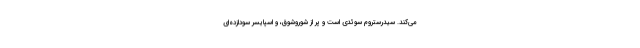
می‌کند. سیدرستروم سوئدی است و پر از شوروشوق، و اسپایسر سودازده‌ای